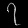
Digit: ၇